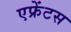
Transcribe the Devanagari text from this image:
एफ्रेंटस